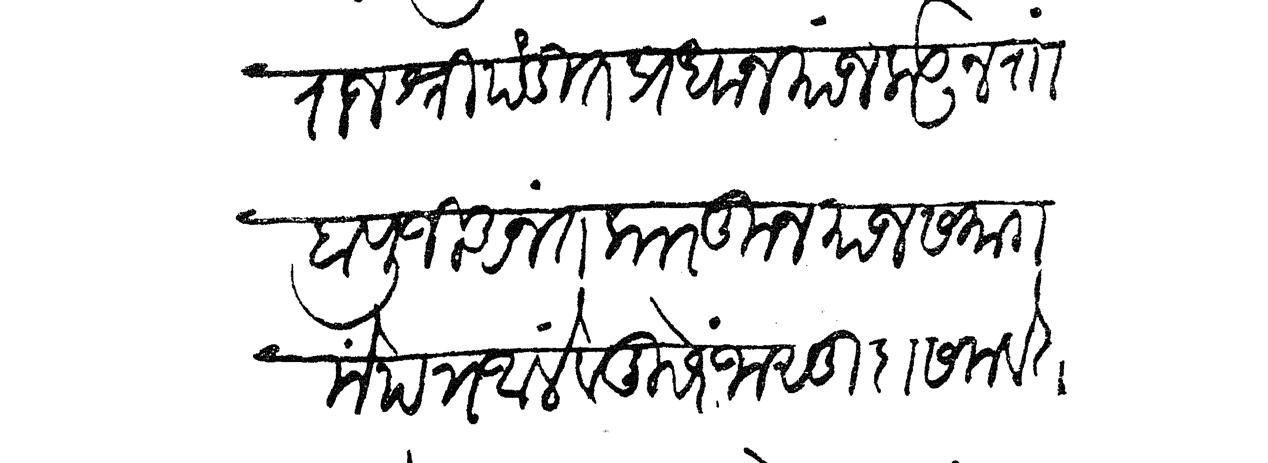
Transliteration (Devanagari): राजश्री पंडित प्रधान यांजकडून रोा बापूजी अनंत कारकून याजसमागमें पत्र आलें व दुसरे जासुदासमवेत